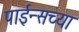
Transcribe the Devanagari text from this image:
पाईन्सच्या